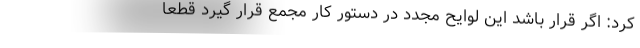
کرد: اگر قرار باشد این لوایح مجدد در دستور کار مجمع قرار گیرد قطعا